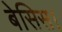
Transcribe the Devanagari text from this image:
बेसिस।